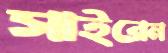
সাইরেন